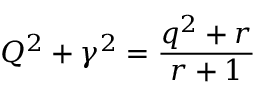
Q ^ { 2 } + \gamma ^ { 2 } = \frac { q ^ { 2 } + r } { r + 1 }